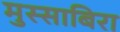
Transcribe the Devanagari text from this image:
मुस्साबिरा